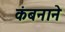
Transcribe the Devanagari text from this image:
कंबनाने